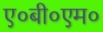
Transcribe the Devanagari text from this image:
ए०बी०एम०